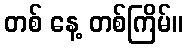
တစ် နေ့ တစ်ကြိမ်။